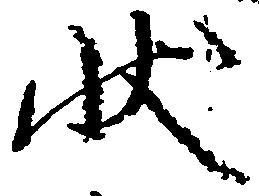
状